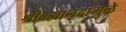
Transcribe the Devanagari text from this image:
श्रीब्रह्मानंदांमुळे